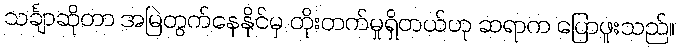
သင်္ချာဆိုတာ အမြဲတွက်နေနိုင်မှ တိုးတက်မှုရှိတယ်ဟု ဆရာက ပြောဖူးသည်။